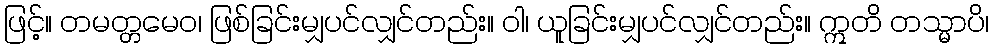
ဖြင့်။ တမတ္တမေဝ၊ ဖြစ်ခြင်းမျှပင်လျှင်တည်း။ ဝါ၊ ယူခြင်းမျှပင်လျှင်တည်း။ ဣတိ တသ္မာပိ၊